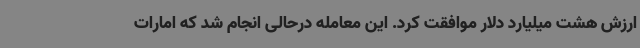
ارزش هشت میلیارد دلار موافقت کرد. این معامله درحالی انجام شد که امارات